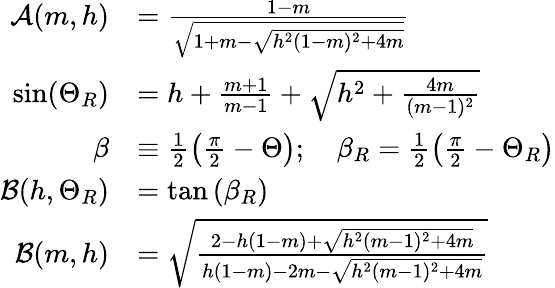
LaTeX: \begin{array}{rl}{\mathcal{A}(m,h)}&{=\frac{1-m}{\sqrt{1+m-\sqrt{h^{2}(1-m)^{2}+4m}}}}\\ {\sin(\Theta_{R})}&{=h+\frac{m+1}{m-1}+\sqrt{h^{2}+\frac{4m}{(m-1)^{2}}}}\\ {\beta}&{\equiv\frac{1}{2}\left(\frac{\pi}{2}-\Theta\right);\quad\beta_{R}=\frac{1}{2}\left(\frac{\pi}{2}-\Theta_{R}\right)}\\ {\mathcal{B}(h,\Theta_{R})}&{=\tan\left(\beta_{R}\right)}\\ {\mathcal{B}(m,h)}&{=\sqrt{\frac{2-h(1-m)+\sqrt{h^{2}(m-1)^{2}+4m}}{h(1-m)-2m-\sqrt{h^{2}(m-1)^{2}+4m}}}}\end{array}